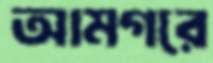
আমগরে